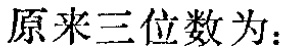
原来三位数为：